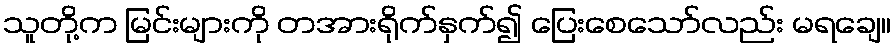
သူတို့က မြင်းများကို တအားရိုက်နှက်၍ ပြေးစေသော်လည်း မရချေ။